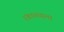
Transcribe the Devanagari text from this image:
रंकाळ्याला